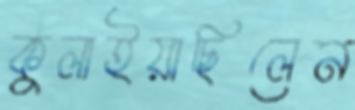
কুলাইয়াছিলেন